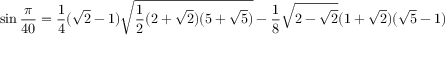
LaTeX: \sin { \frac { \pi } { 4 0 } } = { \frac { 1 } { 4 } } ( { \sqrt { 2 } } - 1 ) { \sqrt { { \frac { 1 } { 2 } } ( 2 + { \sqrt { 2 } } ) ( 5 + { \sqrt { 5 } } ) } } - { \frac { 1 } { 8 } } { \sqrt { 2 - { \sqrt { 2 } } } } ( 1 + { \sqrt { 2 } } ) ( { \sqrt { 5 } } - 1 )